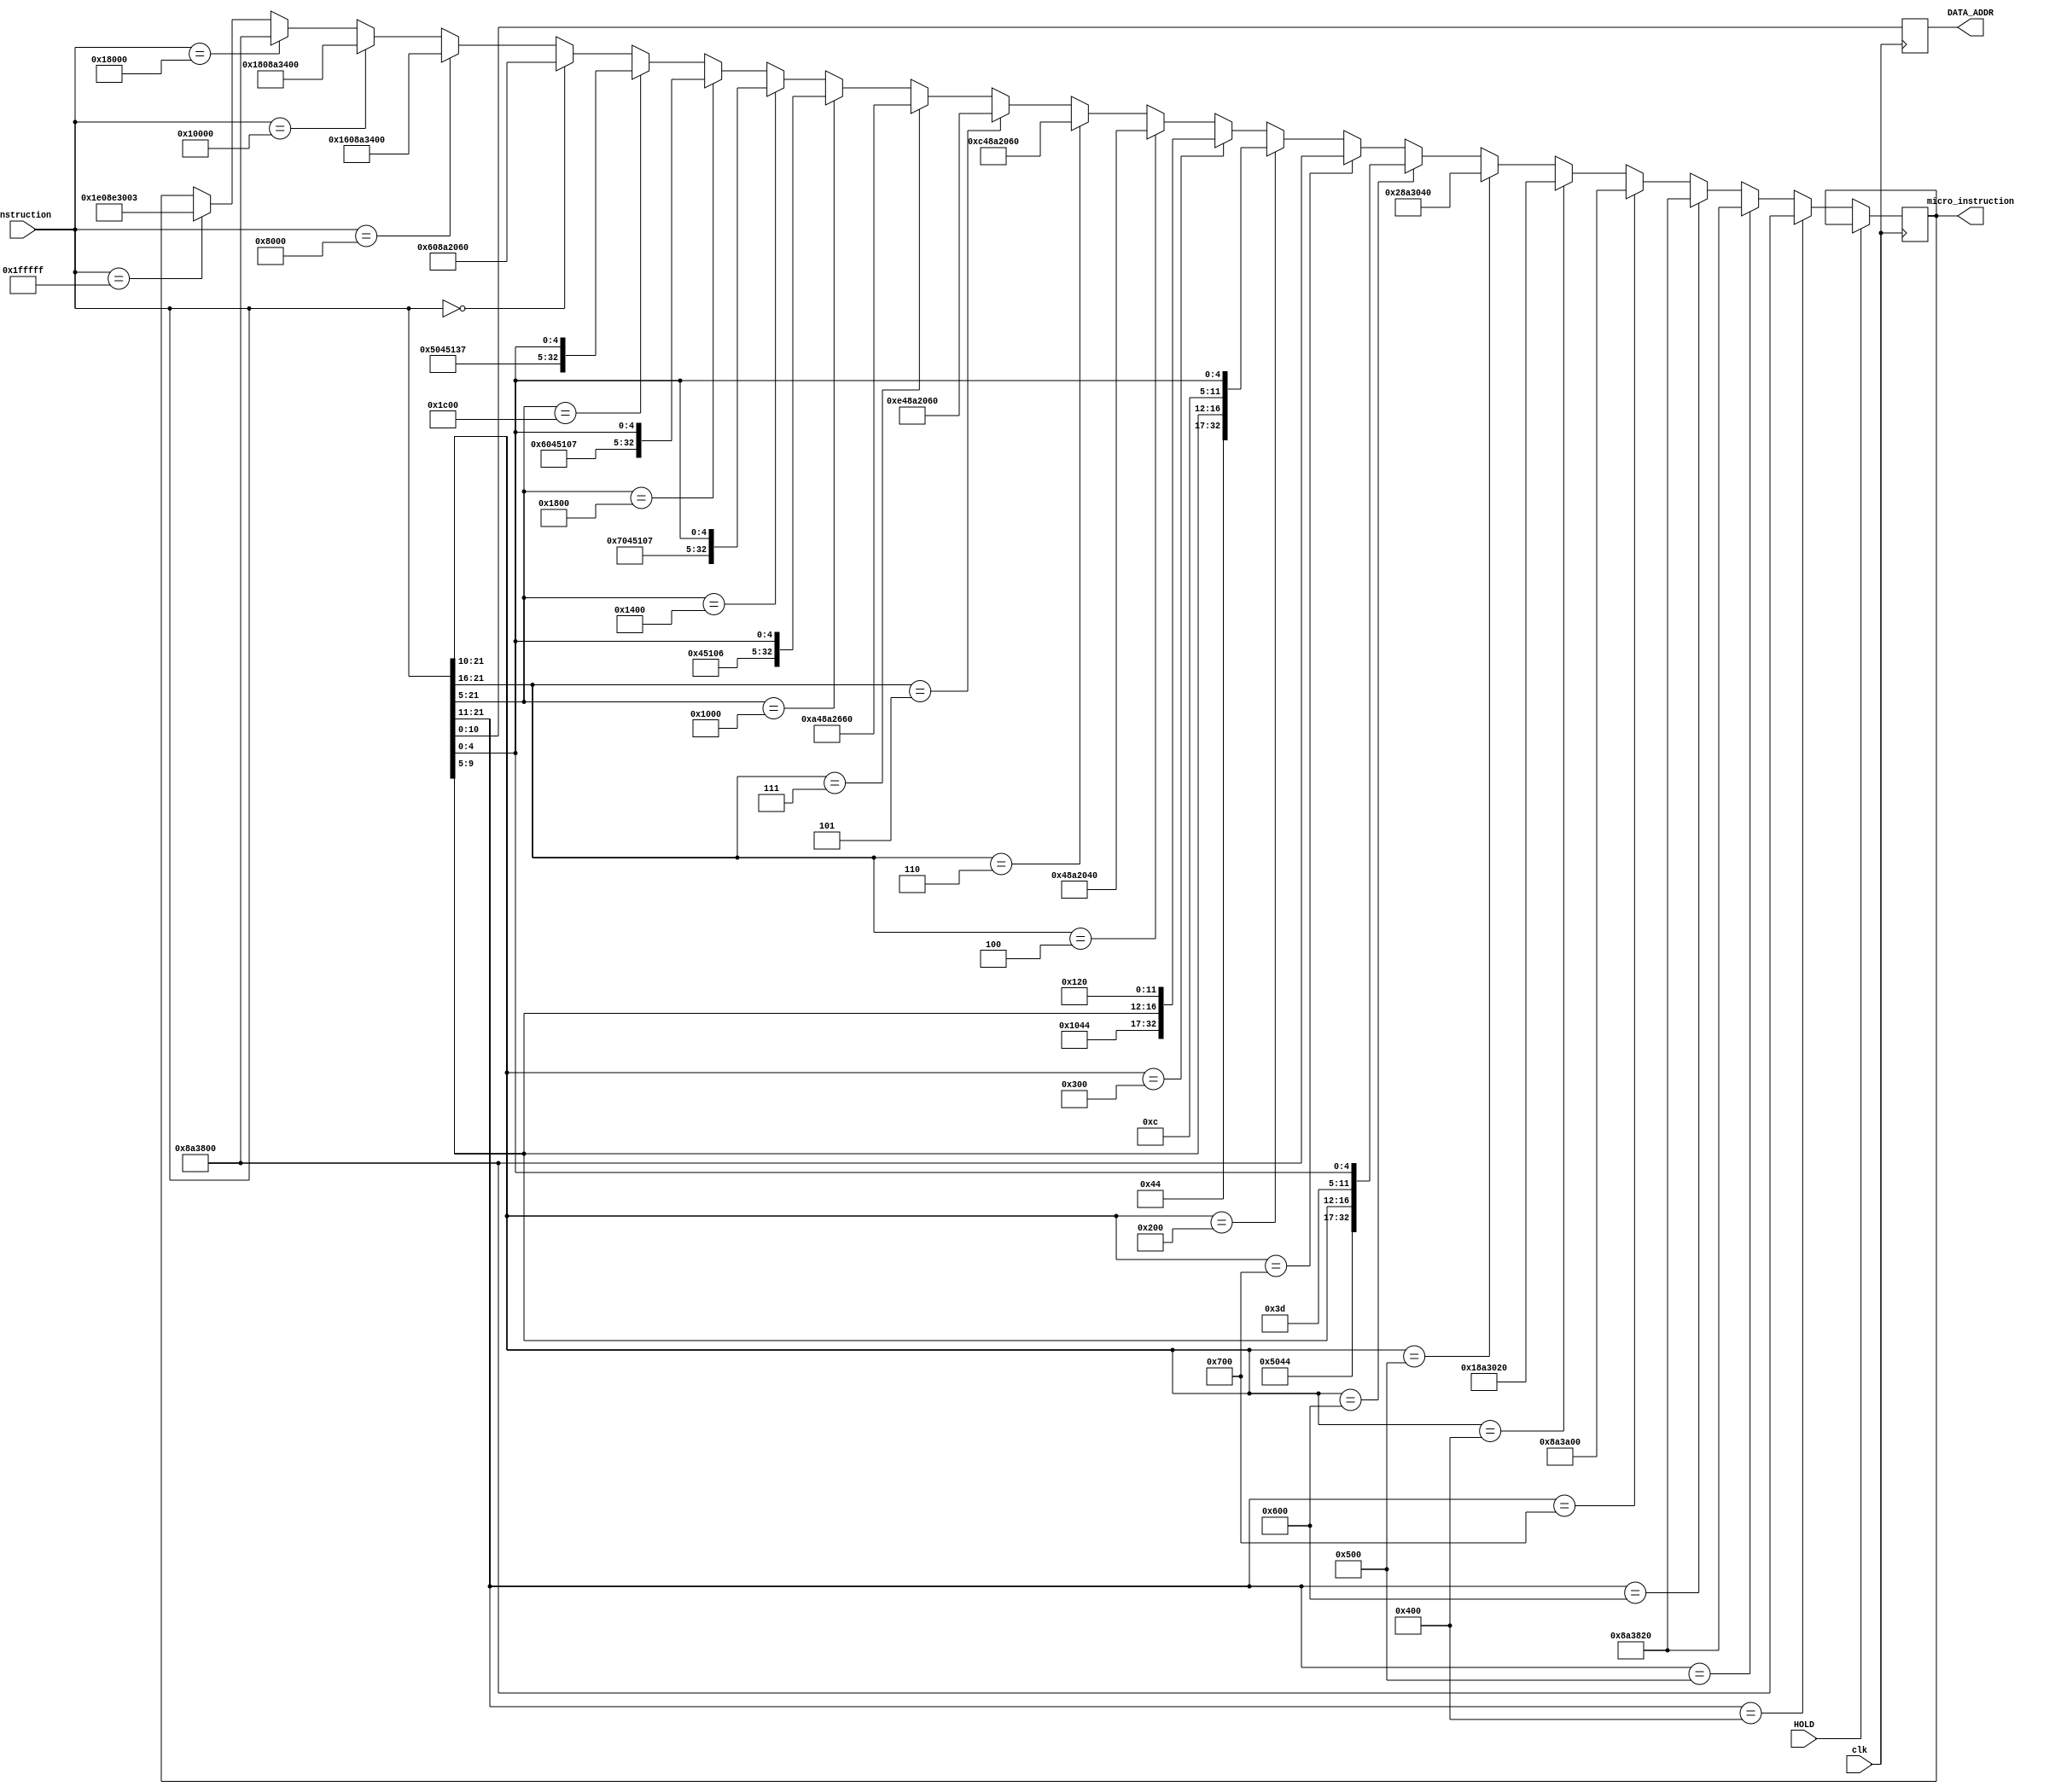
module MI_ROM (
	instruction,
	micro_instruction,
	clk,
	HOLD,
	DATA_ADDR
);
    
	input [21:0] instruction;
	input clk;
	input HOLD;

	output reg [10:0] DATA_ADDR;
	output reg [32:0] micro_instruction;

	reg [3:0] ALU=4'b0000;
	reg [1:0] SH= 2'b00;
	reg Kmx =1'b0;
	reg MW=1'b0;
	reg MR=1'b0;
	reg [5:0] Bus_B =0;
	reg [5:0] Bus_C=0;
	reg [6:0] T_word=0;
	reg [4:0] Bus_A;
	

   always @(negedge clk)
	begin
		DATA_ADDR = instruction;
		if(HOLD == 0) 
		begin
			if(instruction[21:11] == 11'b10000000000) //jUMP X   linea 3
			begin
				ALU=0;
				SH=0;
				Kmx=0;
				MR=0;
				MW=0;
				Bus_B= 6'b100010;
				Bus_C= 6'b100011;
				T_word=7'b1000000;
				Bus_A=5'b00000;
				micro_instruction= {ALU,SH,Kmx,MR,MW,Bus_B,Bus_C,T_word,Bus_A};
					
			end
			else if(instruction[21:11] == 11'b10100000000) //jze X   linea 4
				begin
					
					ALU=0;
					SH=0;
					Kmx=0;
					MR=0;
					MW=0;
					Bus_B= 6'b100010;
					Bus_C= 6'b100011;
					T_word=7'b1000001;
					Bus_A=5'b00000;
					micro_instruction= {ALU,SH,Kmx,MR,MW,Bus_B,Bus_C,T_word,Bus_A};
				end
			else if(instruction[21:11] == 11'b11000000000) //JP0 X      linea 5
				begin
					
					ALU=0;
					SH=0;
					Kmx=0;
					MR=0;
					MW=0;
					Bus_B= 6'b100010;
					Bus_C= 6'b100011;
					T_word=7'b1000001;
					Bus_A=5'b00000;
					micro_instruction= {ALU,SH,Kmx,MR,MW,Bus_B,Bus_C,T_word,Bus_A};
				end
			else if(instruction[21:11] == 11'b11100000000) //jCY X       linea 6
				begin
					
					ALU=0;
					SH=0;
					Kmx=0;
					MR=0;
					MW=0;
					Bus_B= 6'b100010;
					Bus_C= 6'b100011;
					T_word=7'b1010000;
					Bus_A=5'b00000;
					micro_instruction= {ALU,SH,Kmx,MR,MW,Bus_B,Bus_C,T_word,Bus_A};
				end
			else if(instruction[21:10] == 12'b010000000000) //MOM Y,W   M(y)=W      linea 7
				begin
					
					ALU=0;
					SH=0;
					Kmx=0;
					MR=0;
					MW=1;
					Bus_B= 6'b100010;
					Bus_C= 6'b100011;
					T_word=7'b0000001;
					Bus_A=5'b00000;
					micro_instruction= {ALU,SH,Kmx,MR,MW,Bus_B,Bus_C,T_word,Bus_A};
				end
			else if(instruction[21:10] == 12'b010100000000) //MOM W,Y   W=M(y)      linea 8
				begin
					
					ALU=0;
					SH=0;
					Kmx=0;
					MR=1;
					MW=0;
					Bus_B= 6'b100010;
					Bus_C= 6'b100011;
					T_word=7'b0000010;
					Bus_A=5'b00000;
					micro_instruction= {ALU,SH,Kmx,MR,MW,Bus_B,Bus_C,T_word,Bus_A};
				end
			else if(instruction[21:10] == 12'b011000000000) //ADW RI,RJ       linea 9
				begin
					
					ALU=4'b0101;
					SH=0;
					Kmx=0;
					MR=0;
					MW=0;
					Bus_B= 6'b100010;
					Bus_C= instruction[9:5];
					T_word=7'b0111101;
					Bus_A=instruction[4:0];
					micro_instruction= {ALU,SH,Kmx,MR,MW,Bus_B,Bus_C,T_word,Bus_A};
				end    
			else if(instruction[21:10] == 12'b011100000000) //BSR S     linea 10
				begin
					
					ALU=0;
					SH=0;
					Kmx=0;
					MR=0;
					MW=0;
					Bus_B= 6'b100010;
					Bus_C= 6'b100011;
					T_word=7'b1000000;
					Bus_A=0;
					micro_instruction= {ALU,SH,Kmx,MR,MW,Bus_B,Bus_C,T_word,Bus_A};
				end  
			else if(instruction[21:10] == 12'b001000000000) //MOV Ri,Rj Ri=Rj    linea 11
				begin
					
					ALU=0;
					SH=0;
					Kmx=0;
					MR=0;
					MW=0;
					Bus_B= 6'b100010;
					Bus_C=instruction[9:5] ;
					T_word=7'b0001100;
					Bus_A=instruction[4:0];
					micro_instruction= {ALU,SH,Kmx,MR,MW,Bus_B,Bus_C,T_word,Bus_A};
				end         
			else if(instruction[21:10] == 12'b001000000000) //MOV POi,Rj Ri=Rj    linea 12
				begin
					
					ALU=0;
					SH=0;
					Kmx=0;
					MR=0;
					MW=0;
					Bus_B= 6'b100010;
					Bus_C= instruction[9:5];
					T_word=7'b0001100;
					Bus_A=instruction[4:0];
					micro_instruction= {ALU,SH,Kmx,MR,MW,Bus_B,Bus_C,T_word,Bus_A};
				end    
			else if(instruction[21:10] == 12'b001000000000) //MOV RI,PIj Ri=PIj    linea 13
				begin
					
					ALU=0;
					SH=0;
					Kmx=0;
					MR=0;
					MW=0;
					Bus_B= 6'b100010;
					Bus_C= instruction[9:5];
					T_word=7'b0001100;
					Bus_A=instruction[4:0];
					micro_instruction= {ALU,SH,Kmx,MR,MW,Bus_B,Bus_C,T_word,Bus_A};
				end
			else if(instruction[21:10] == 12'b001000000000) //MOV PO,PIj Linea 14 Excel
				begin
					ALU=4'b0000;
					SH=2'b00;
					Kmx=1'b0;
					MR=1'b0;
					MW=1'b0;
					Bus_B= 6'b100010;
					Bus_C= instruction[9:5];
					T_word=7'b0001100;
					Bus_A= instruction[4:0];
					micro_instruction= {ALU,SH,Kmx,MR,MW,Bus_B,Bus_C,T_word,Bus_A};		
				end
			else if(instruction[21:10] == 12'b001100000000) //MOV Ri,W Linea 15 Excel
				begin
					ALU=4'b0001;
					SH=2'b00;
					Kmx=1'b0;
					MR=1'b0;
					MW=1'b0;
					Bus_B= 6'b100010;
					Bus_C= instruction[9:5];
					T_word=7'b0001001;
					Bus_A= 5'b00000;
					micro_instruction= {ALU,SH,Kmx,MR,MW,Bus_B,Bus_C,T_word,Bus_A};		
				end
			else if(instruction[21:10] == 12'b001100000000) //MOV POi,W Linea 16 Excel
				begin
					ALU=4'b0001;
					SH=2'b00;
					Kmx=1'b0;
					MR=1'b0;
					MW=1'b0;
					Bus_B= 6'b100010;
					Bus_C= instruction[9:5];
					T_word=7'b0001001;
					Bus_A= 5'b00000;
					micro_instruction= {ALU,SH,Kmx,MR,MW,Bus_B,Bus_C,T_word,Bus_A};		
				end
			else if(instruction[21:16] == 6'b000100) //MOV W,#K Linea 17 Excel
				begin
					ALU=4'b0000;
					SH=2'b00;
					Kmx=1'b1;
					MR=1'b0;
					MW=1'b0;
					Bus_B= 6'b100010;
					Bus_C= 6'b100010;
					T_word=7'b0000010;
					Bus_A= 5'b00000;
					micro_instruction= {ALU,SH,Kmx,MR,MW,Bus_B,Bus_C,T_word,Bus_A};		
				end
			else if(instruction[21:16] == 6'b000110) //ORK W,#K Linea 18 Excel
				begin
					ALU=4'b0110;
					SH=2'b00;
					Kmx=1'b1;
					MR=1'b0;
					MW=1'b0;
					Bus_B= 6'b100010;
					Bus_C= 6'b100010;
					T_word=7'b0000011;
					Bus_A= 5'b00000;
					micro_instruction= {ALU,SH,Kmx,MR,MW,Bus_B,Bus_C,T_word,Bus_A};		
				end
			else if(instruction[21:16] == 6'b000101) //ANK W,#K Linea 19 Excel
				begin
					ALU=4'b0111;
					SH=2'b00;
					Kmx=1'b1;
					MR=1'b0;
					MW=1'b0;
					Bus_B= 6'b100010;
					Bus_C= 6'b100010;
					T_word=7'b0000011;
					Bus_A= 5'b00000;
					micro_instruction= {ALU,SH,Kmx,MR,MW,Bus_B,Bus_C,T_word,Bus_A};		
				end
			else if(instruction[21:16] == 6'b000111) //ADK W,#K Linea 20 Excel
				begin
					ALU=4'b0101;
					SH=2'b00;
					Kmx=1'b1;
					MR=1'b0;
					MW=1'b0;
					Bus_B= 6'b100010;
					Bus_C= 6'b100010;
					T_word=7'b0110011;
					Bus_A= 5'b00000;
					micro_instruction= {ALU,SH,Kmx,MR,MW,Bus_B,Bus_C,T_word,Bus_A};		
				end
			else if(instruction[21:5] == 17'b00001000000000000) //MOV W,Rj Linea 21 Excel
				begin
					ALU=4'b0000;
					SH=2'b00;
					Kmx=1'b0;
					MR=1'b0;
					MW=1'b0;
					Bus_B= 6'b100010;
					Bus_C= 6'b100010;
					T_word=7'b0000110;
					Bus_A= instruction[4:0];
					micro_instruction= {ALU,SH,Kmx,MR,MW,Bus_B,Bus_C,T_word,Bus_A};		
				end
			else if(instruction[21:5] == 17'b00001000000000000) //MOV W,PIj Linea 22 Excel IGUAL A LA 21
				begin
					ALU=4'b0000;
					SH=2'b00;
					Kmx=1'b0;
					MR=1'b0;
					MW=1'b0;
					Bus_B= 6'b100010;
					Bus_C= 6'b100010;
					T_word=7'b0000110;
					Bus_A= instruction[4:0];
					micro_instruction= {ALU,SH,Kmx,MR,MW,Bus_B,Bus_C,T_word,Bus_A};		
				end
			else if(instruction[21:5] == 17'b00001010000000000) //ANR W,Rj Linea 23 Excel 
				begin
					ALU=4'b0111;
					SH=2'b00;
					Kmx=1'b0;
					MR=1'b0;
					MW=1'b0;
					Bus_B= 6'b100010;
					Bus_C= 6'b100010;
					T_word=7'b0000111;
					Bus_A= instruction[4:0];
					micro_instruction= {ALU,SH,Kmx,MR,MW,Bus_B,Bus_C,T_word,Bus_A};		
				end
			else if(instruction[21:5] == 17'b00001100000000000) //ORR W,Rj Linea 24 Excel 
				begin
					ALU=4'b0110;
					SH=2'b00;
					Kmx=1'b0;
					MR=1'b0;
					MW=1'b0;
					Bus_B= 6'b100010;
					Bus_C= 6'b100010;
					T_word=7'b0000111;
					Bus_A= instruction[4:0];
					micro_instruction= {ALU,SH,Kmx,MR,MW,Bus_B,Bus_C,T_word,Bus_A};		
				end
			else if(instruction[21:5] == 17'b00001110000000000) //ADR W,Rj Linea 25 Excel 
				begin
					ALU=4'b0101;
					SH=2'b00;
					Kmx=1'b0;
					MR=1'b0;
					MW=1'b0;
					Bus_B= 6'b100010;
					Bus_C= 6'b100010;
					T_word=7'b0110111;
					Bus_A= instruction[4:0];
					micro_instruction= {ALU,SH,Kmx,MR,MW,Bus_B,Bus_C,T_word,Bus_A};		
				end
			else if(instruction == 22'b0000000000000000000000) //CPL W Linea 26 Excel 
				begin
					ALU=4'b0011;
					SH=2'b00;
					Kmx=1'b0;
					MR=1'b0;
					MW=1'b0;
					Bus_B= 6'b100010;
					Bus_C= 6'b100010;
					T_word=7'b0000011;
					Bus_A= 5'b00000;
					micro_instruction= {ALU,SH,Kmx,MR,MW,Bus_B,Bus_C,T_word,Bus_A};		
				end
			else if(instruction == 22'b0000001000000000000000) //CLR CY Linea 27 Excel 
				begin
					ALU=4'b1011;
					SH=2'b00;
					Kmx=1'b0;
					MR=1'b0;
					MW=1'b0;
					Bus_B= 6'b100010;
					Bus_C= 6'b100011;
					T_word=7'b0100000;
					Bus_A= 5'b00000;
					micro_instruction= {ALU,SH,Kmx,MR,MW,Bus_B,Bus_C,T_word,Bus_A};		
				end
			else if(instruction == 22'b0000010000000000000000) //SET CY Linea 28 Excel 
				begin
					ALU=4'b1100;
					SH=2'b00;
					Kmx=1'b0;
					MR=1'b0;
					MW=1'b0;
					Bus_B= 6'b100010;
					Bus_C= 6'b100011;
					T_word=7'b0100000;
					Bus_A= 5'b00000;
					micro_instruction= {ALU,SH,Kmx,MR,MW,Bus_B,Bus_C,T_word,Bus_A};		
				end
			else if(instruction == 22'b0000011000000000000000) //RET Linea 29 Excel 
				begin
					ALU=4'b0000;
					SH=2'b00;
					Kmx=1'b0;
					MR=1'b0;
					MW=1'b0;
					Bus_B= 6'b100010;
					Bus_C= 6'b100011;
					T_word=7'b1000000;
					Bus_A= 5'b00000;
					micro_instruction= {ALU,SH,Kmx,MR,MW,Bus_B,Bus_C,T_word,Bus_A};		
				end
            else if(instruction == 22'b0111111111111111111111) //NOP Linea 30 Excel 
				begin
					ALU=4'b1111;
					SH=2'b00;
					Kmx=1'b0;
					MR=1'b0;
					MW=1'b0;
					Bus_B= 6'b100011;
					Bus_C= 6'b100011;
					T_word=7'b0000000;
					Bus_A= 5'b100011;
					micro_instruction= {ALU,SH,Kmx,MR,MW,Bus_B,Bus_C,T_word,Bus_A};		
				end
		end
	end
endmodule